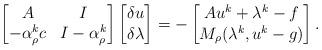
LaTeX: \begin{align*}\begin{bmatrix}A & I \\-\alpha_\rho^kc &I - \alpha_\rho^k\end{bmatrix}\begin{bmatrix}\delta u \\\delta \lambda\end{bmatrix}&= - \begin{bmatrix}Au^k + \lambda^k - f\\M_\rho(\lambda^k, u^k - g) \end{bmatrix}. \end{align*}